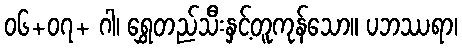
၀၆+၀၇+ ဂါ၊ ရွှေတည်သီးနှင့်တူကုန်သော။ ပဘဿရာ၊